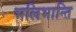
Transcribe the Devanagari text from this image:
भलिभान्ति